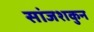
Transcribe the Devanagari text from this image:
सांजशकुन